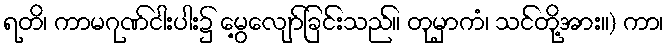
ရတိ၊ ကာမဂုဏ်ငါးပါး၌ မွေ့လျော်ခြင်းသည်။ တုမှာကံ၊ သင်တို့အား။) ကာ၊